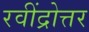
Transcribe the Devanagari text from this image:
रवींद्रोत्तर